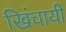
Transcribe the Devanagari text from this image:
खिंचायी